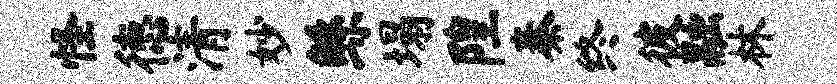
怪德清妙鲧塌隍秦终彼融林